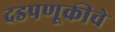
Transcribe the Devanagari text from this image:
दडपणूकीचे